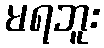
မရဘူး